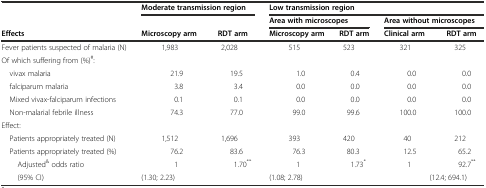
|  | <COLSPAN=2> Moderate transmission region | <COLSPAN=4> Low transmission region |
 |  |  |  | <COLSPAN=2> Area with microscopes | <COLSPAN=2> Area without microscopes |
 | Effects | Microscopy arm | RDT arm | Microscopy arm | RDT arm | Clinical arm | RDT arm |
 | --- | --- | --- | --- | --- | --- | --- |
 | Fever patients suspected of malaria (N) | 1,983 | 2,028 | 515 | 523 | 321 | 325 |
 | Of which suffering from (%)#: |  |  |  |  |  |  |
 | vivax malaria | 21.9 | 19.5 | 1.0 | 0.4 | 0.0 | 0.0 |
 | falciparum malaria | 3.8 | 3.4 | 0.0 | 0.0 | 0.0 | 0.0 |
 | Mixed vivax-falciparum infections | 0.1 | 0.1 | 0.0 | 0.0 | 0.0 | 0.0 |
 | Non-malarial febrile illness | 74.3 | 77.0 | 99.0 | 99.6 | 100.0 | 100.0 |
 | Effect: |  |  |  |  |  |  |
 | Patients appropriately treated (N) | 1,512 | 1,696 | 393 | 420 | 40 | 212 |
 | Patients appropriately treated (%) | 76.2 | 83.6 | 76.3 | 80.3 | 12.5 | 65.2 |
 | Adjusted& odds ratio | 1 | 1.70** | 1 | 1.73* | 1 | 92.7** |
 | (95% CI) | <COLSPAN=2> (1.30; 2.23) | <COLSPAN=2> (1.08; 2.78) |  | (12.4; 694.1) |